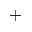
+